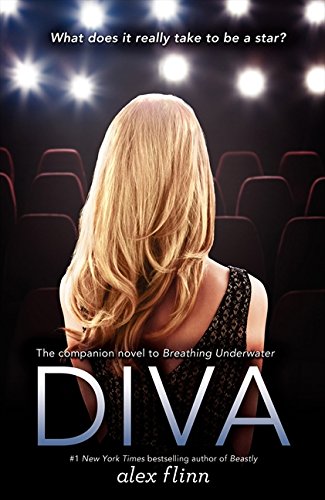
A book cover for Diva; Alex Flinn; Teen & Young Adult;